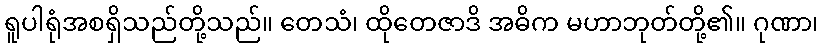
ရူပါရုံအစရှိသည်တို့သည်။ တေသံ၊ ထိုတေဇာဒိ အဓိက မဟာဘုတ်တို့၏။ ဂုဏာ၊